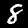
Label: 8